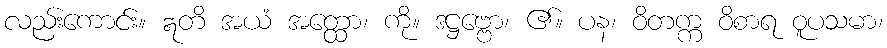
လည်းကောင်း။ ဣတိ အယံ အတ္ထော၊ ကို။ ဒဋ္ဌဗ္ဗော၊ ၏။ ပန၊ ဝိတက္က ဝိစာရ ဝူပသမာ၊